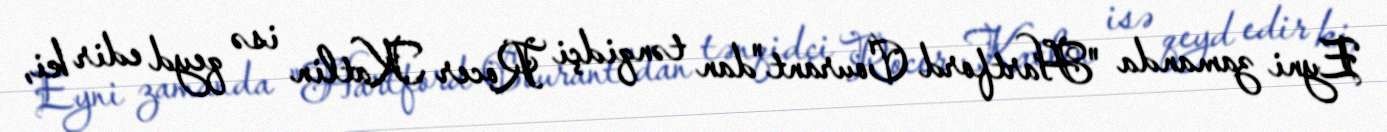
Eyni zamanda "Hartford Courant"dan tənqidçi Rocer Katlin isə qeyd edir ki,